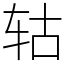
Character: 轱